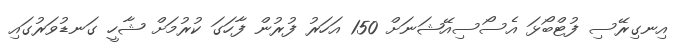
އިނގިރޭސި ފުޓްބޯޅަ އެސޯސިއޭޝަނަށް 150 އަހަރު ފުރުން ފާހަގަ ކުރުމަށް ޝާހީ ގަނޑުވަރުގައި